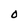
Character: O